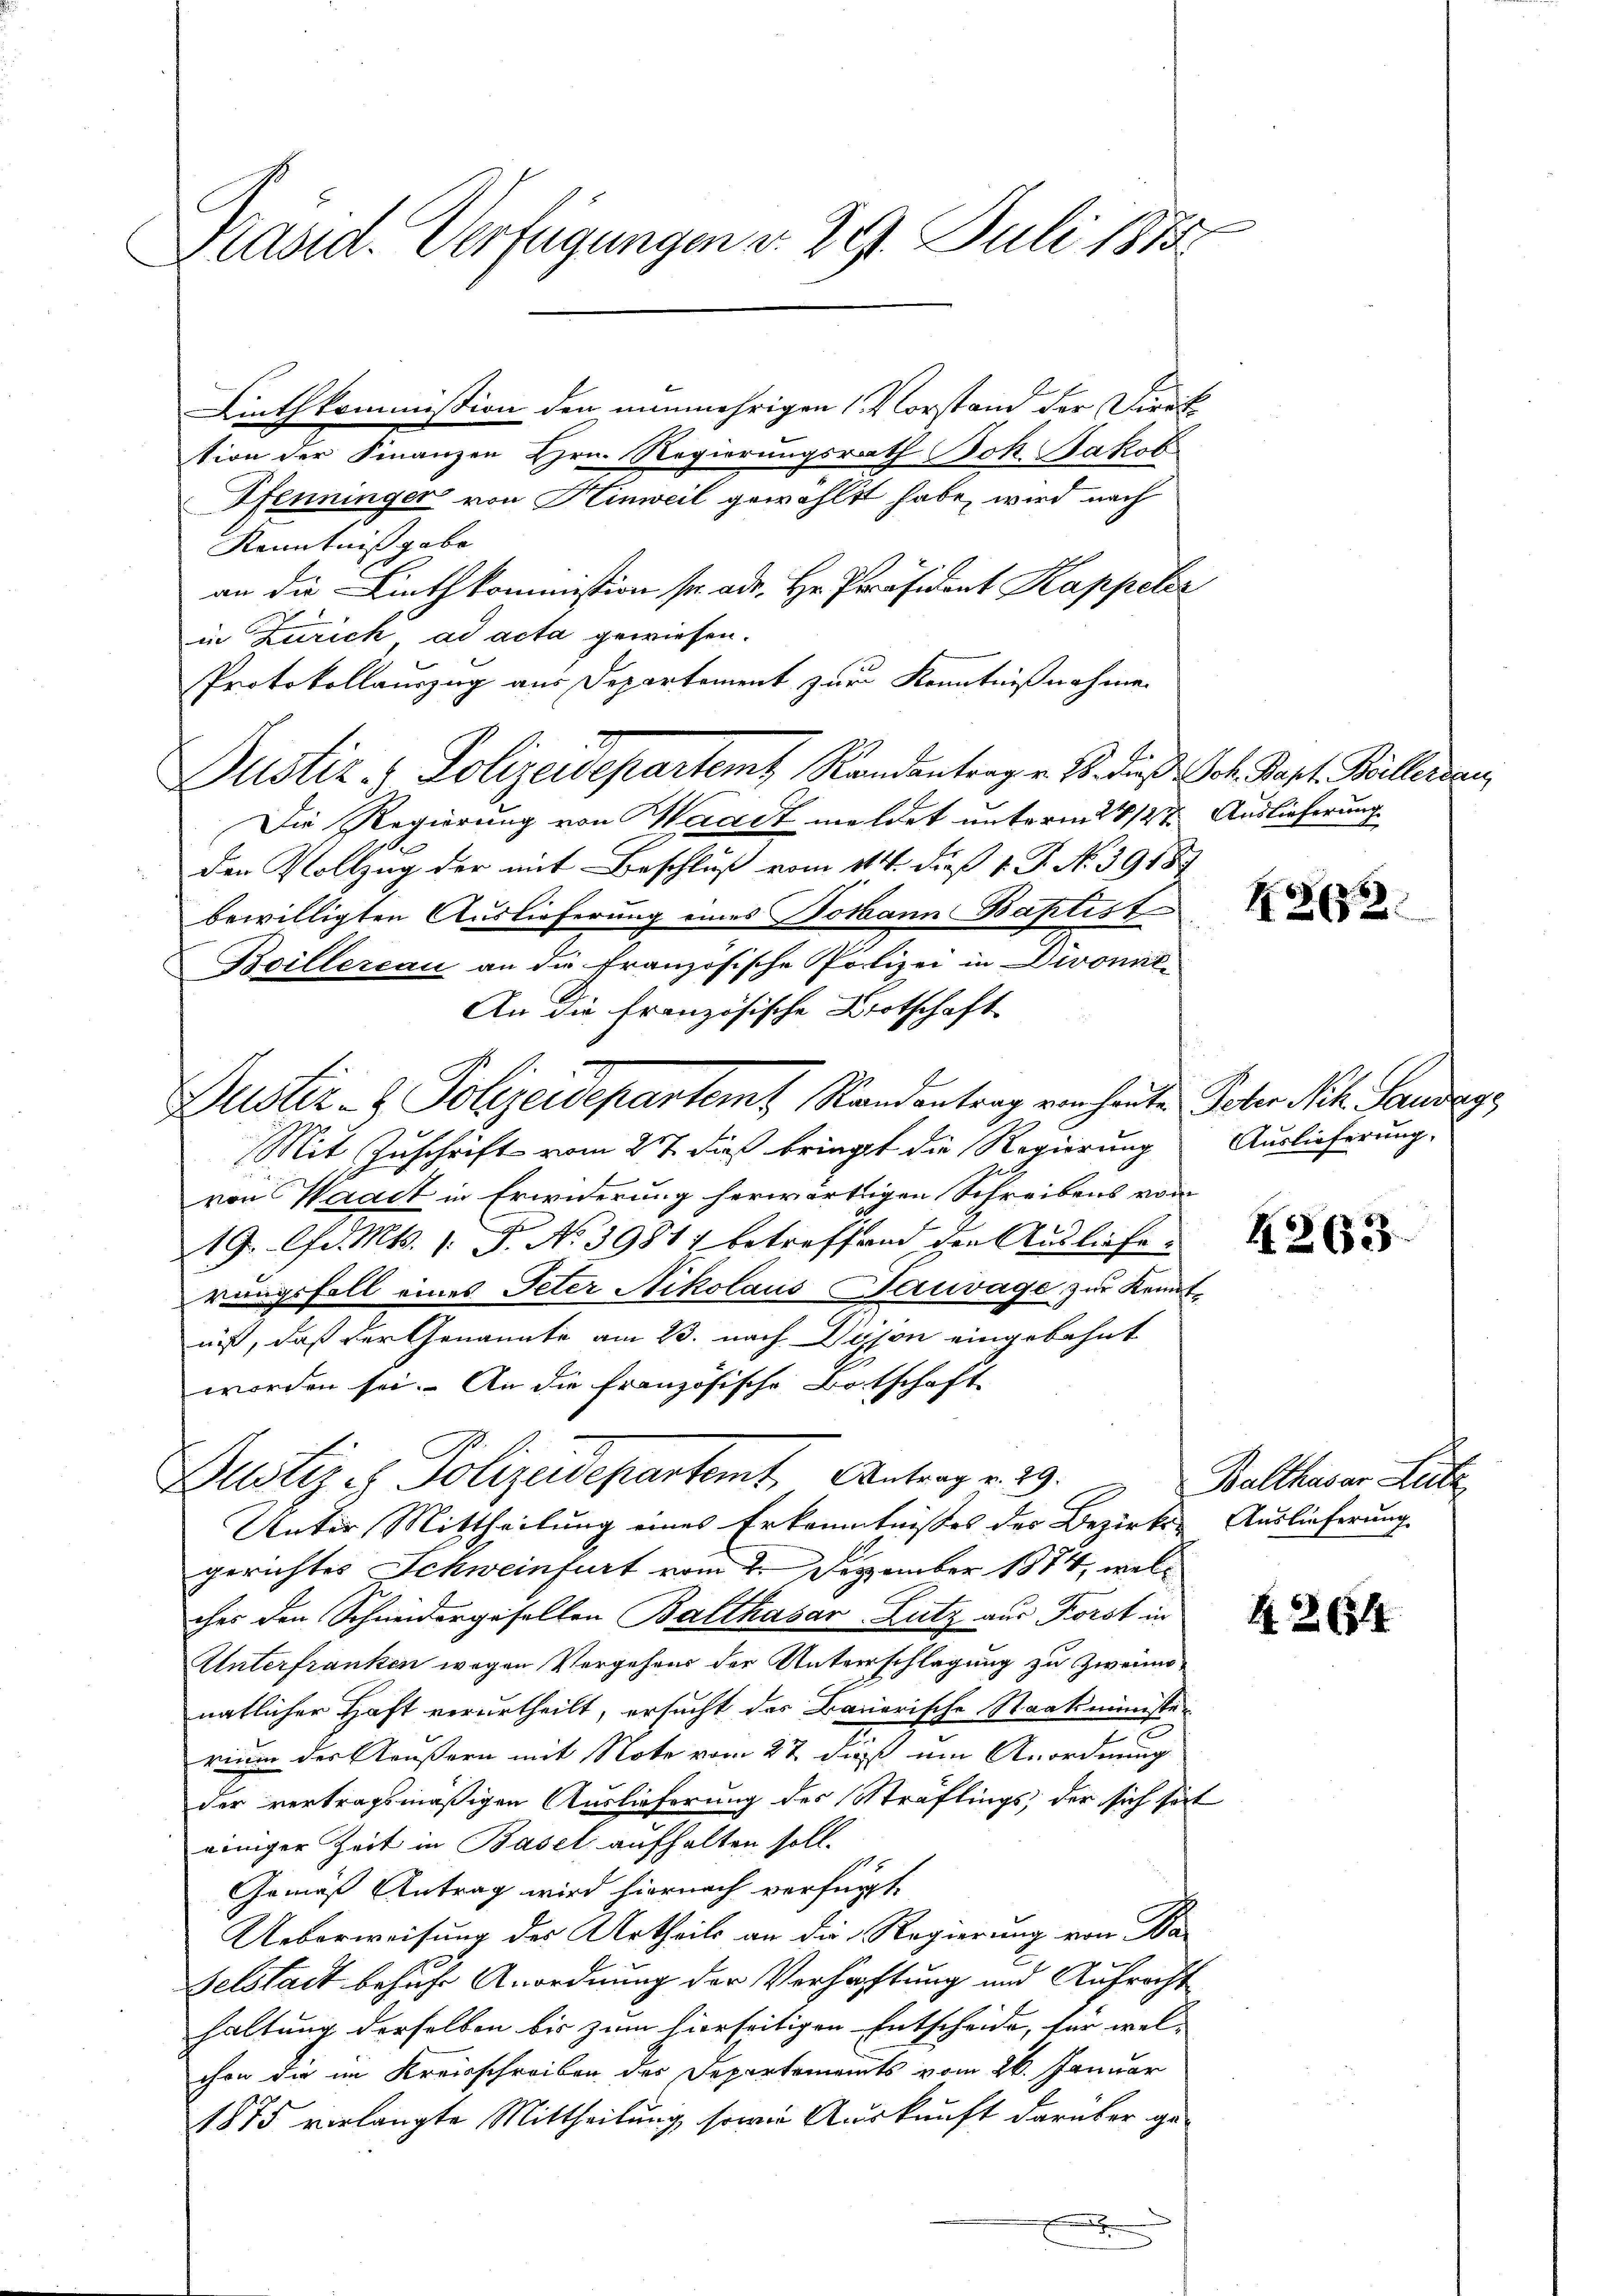
Präsid. Verfügungen d. 29. Juli 1875.

Linthkommission den nunmehrigen Vorstand der Direk
tion der Finanzen Hrn. Regierungsrath Bok. Jakob
Pfenninger von Hinweil gewählt habe, wird nach
Kenntniß gabe
an die Linthkommission sr. ad. Hr. Präsident Kappeler
in Zürich ad acta gewiesen.
Protokollauszug aus Departement zur Kenntnißnahmen
Justiz & Polizeidepartemt Randantrag v. B. dieß Joh. Bapt. Billerden,
Die Regierung von Waadt meldet unterm 28/2t Auslieferung
den Vollzug der mit Beschluß vom 114. dieß 1. P. N. 39187
bewilligten Auslieferung eines Dothann Baptiste
Boillercau an die französische Polizei in Divonni-
Dustiz- & Polizeidepartemt Randantrag von heute Scher Not. Sandege
Mit Zuschrift vom 27 dieß bringt die Regierung
von Waadt in Erwiderung herwärtigen Schreibens von
19. lfd. Mts. 1. P. No 3981 betreffend den Ausliefe.
rungsfall eines Peter Nikolausauvage zur Kenntniß, daß der Genannte am 23. nach Dison eingebahnt
worden sei. An die französische Botschaft
Justiz - Polizeidepartemt, Antrag v. 29.
Unter Mittheilung eines Erkenntnißes des Bezirks- Auslieferung
gerichtes Schweinfurt vom 2. Dezember 1874, welches den Schneidergesellen Balthasar-Lutz aus Forst in
Unterfranken wegen Vergehens der Unterschlagung zu zweimonatlicher Haft verurtheilt, ersucht des Bauarische Staatsministe
rium des Käußern mit Note vom 27 dieß um Anordnung
der vertragsmäßigen Auslieferung des Sträflings, der sich hat
einiger Zeit in Basel aufhalten soll.
Gemäß Antrag wird hiernach verfügt:
Ueberweisung des Urtheils an die Regierung von Ba¬
Felstadt besuche Anordnung der Verhaftung und Aufrecht
haltung derselben bis zum hierseitigen Entscheide, für wel-
chon die im Kreisschreiben des Departements vom 26. Januar
1875 verlangte Mittheilung, sowie Auskunft darüber gex

An die Französische Brotschaft

262.

Auslieferung.

4263

Balthasar Leite

42654